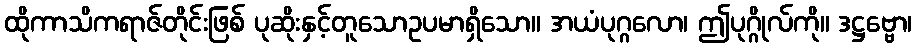
ထိုကာသိကရာဇ်တိုင်းဖြစ် ပုဆိုးနှင့်တူသောဥပမာရှိသော။ အယံပုဂ္ဂလော၊ ဤပုဂ္ဂိုလ်ကို။ ဒဋ္ဌဗ္ဗော၊